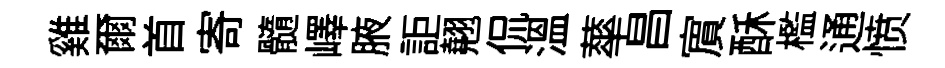
雞爾首寄髓嶧腋詎翹侃温蕐昌賔酥檻通愤